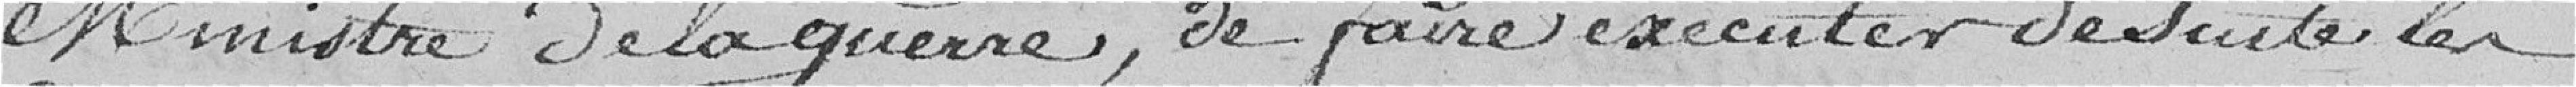
Ministre de la guerre, de faire exécuter de suite les